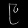
Digit: ၉